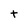
Character: t